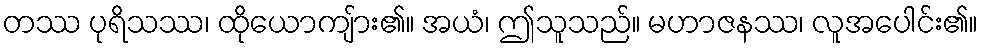
တဿ ပုရိသဿ၊ ထိုယောကျ်ား၏။ အယံ၊ ဤသူသည်။ မဟာဇနဿ၊ လူအပေါင်း၏။